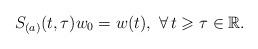
LaTeX: \begin{align*}S_{(a)}(t, \tau)w_0 = w(t), \ \forall\, t \geqslant \tau\in\mathbb{R}.\end{align*}